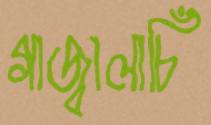
গাজ্বালাচিঁ